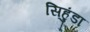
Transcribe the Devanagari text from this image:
सिहुंडा